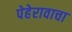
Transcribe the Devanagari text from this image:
पेहेरावाचा